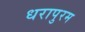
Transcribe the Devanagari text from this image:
धरापुरम